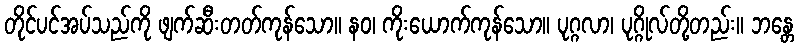
တိုင်ပင်အပ်သည်ကို ဖျက်ဆီးတတ်ကုန်သော။ နဝ၊ ကိုးယောက်ကုန်သော။ ပုဂ္ဂလာ၊ ပုဂ္ဂိုလ်တို့တည်း။ ဘန္တေ